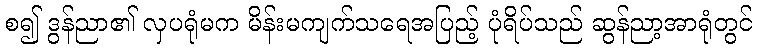
စ၍ ဒွန်ညာ၏ လှပရုံမက မိန်းမကျက်သရေအပြည့် ပုံရိပ်သည် ဆွန်ညာ့အာရုံတွင်